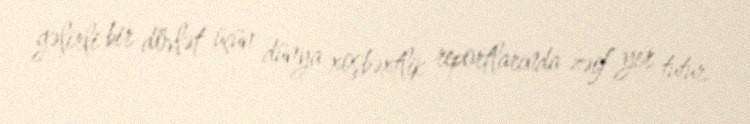
gəlirli bir dövlət üçün dünya xoşbəxtlik reportlarında zəif yer tutur.